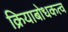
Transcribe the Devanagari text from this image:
क्रियाबोधकत्व